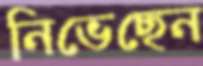
নিভেছেন